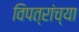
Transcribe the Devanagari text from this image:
विपत्रांच्या